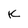
Character: K